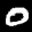
Label: 0